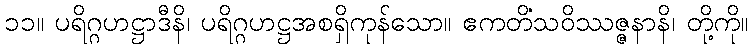
၁၁။ ပရိဂ္ဂဟဋ္ဌာဒီနိ၊ ပရိဂ္ဂဟဋ္ဌအစရှိကုန်သော။ ဧကတိံသဝိဿဇ္ဇနာနိ၊ တို့ကို။